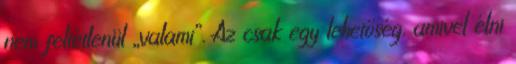
nem feltétlenül „valami”. Az csak egy lehetőség, amivel élni